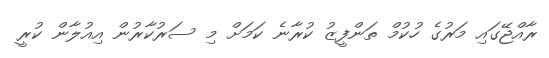
ރާއްޖޭގައި މަރުގެ ހުކުމް ތަންފީޒު ކުރާނެ ކަމަށް މި ސަރުކާރުން އިއުލާން ކުރީ